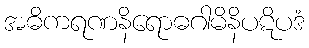
အဓိကရဏနိရောဓဂါမိနိပဋိပဒံ